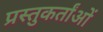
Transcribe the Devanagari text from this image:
प्रस्तुकर्तांओं